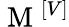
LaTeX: \mathrm{~M~}^{\left[V\right]}